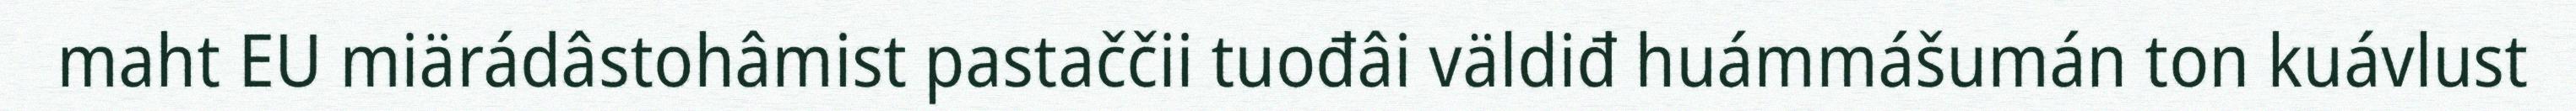
maht EU miärádâstohâmist pastaččii tuođâi väldiđ huámmášumán ton kuávlust